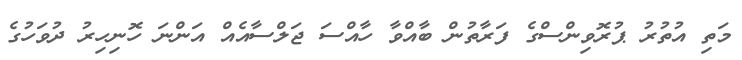
މަތި އުތުރު ޕުރޮވިންސްގެ ފަރާތުން ބާއްވާ ހާއްސަ ޖަލްސާއެއް އަންނަ ހޮނިހިރު ދުވަހުގެ